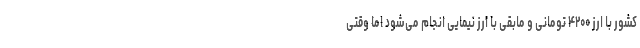
کشور با ارز ۴۲۰۰ تومانی و مابقی با ارز نیمایی انجام می‌شود اما وقتی